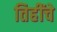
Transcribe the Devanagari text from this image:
तिहींचे